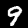
Label: 9